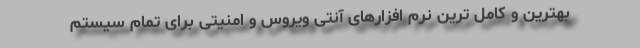
بهترین و کامل ترین نرم افزارهای آنتی ویروس و امنیتی برای تمام سیستم